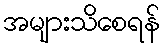
အများသိစေရန်